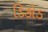
ડિકોડ